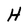
Character: H